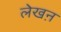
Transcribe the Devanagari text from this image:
लेखऩ